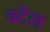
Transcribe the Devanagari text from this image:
वटेल